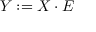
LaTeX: Y : = X \cdot E